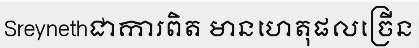
Sreynethជាការពិត មានហេតុផលច្រើន